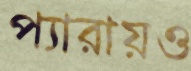
প্যারায়ও